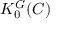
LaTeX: K _ { 0 } ^ { G } ( C )